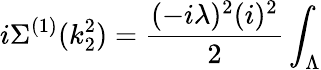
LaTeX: i\Sigma^{(1)}(k_{2}^{2})=\frac{(-i\lambda)^{2}(i)^{2}}{2}\int_{\Lambda}